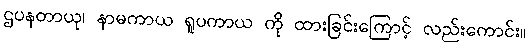
ဌပနတာယု၊ နာမကာယ ရူပကာယ ကို ထားခြင်းကြောင့် လည်းကောင်း။